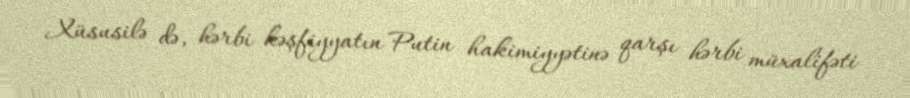
Xüsusilə də, hərbi kəşfiyyatın Putin hakimiyyətinə qarşı hərbi müxalifəti